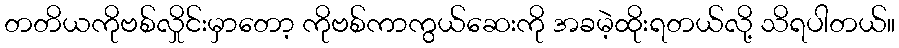
တတိယကိုဗစ်လှိုင်းမှာတော့ ကိုဗစ်ကာကွယ်ဆေးကို အခမဲ့ထိုးရတယ်လို့ သိရပါတယ်။